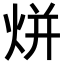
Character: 𭴡